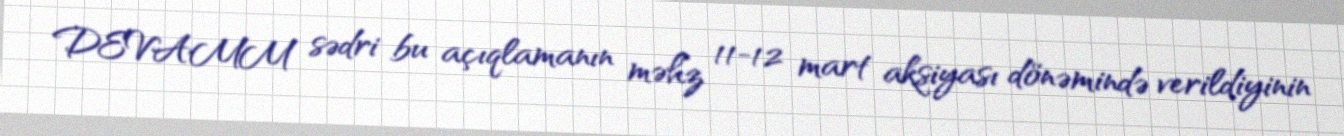
DEVAMM sədri bu açıqlamanın məhz 11-12 mart aksiyası dönəmində verildiyinin